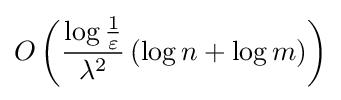
O\left({\dfrac {\log {1 \over \varepsilon }}{\lambda ^{2}}}\left(\log n+\log m\right)\right)